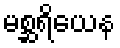
မစ္ဆရိယေန